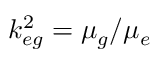
k _ { e g } ^ { 2 } = \mu _ { g } / \mu _ { e }